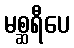
မစ္ဆရီပေ